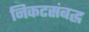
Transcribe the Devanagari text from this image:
निकटसंबद्ध